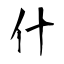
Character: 什